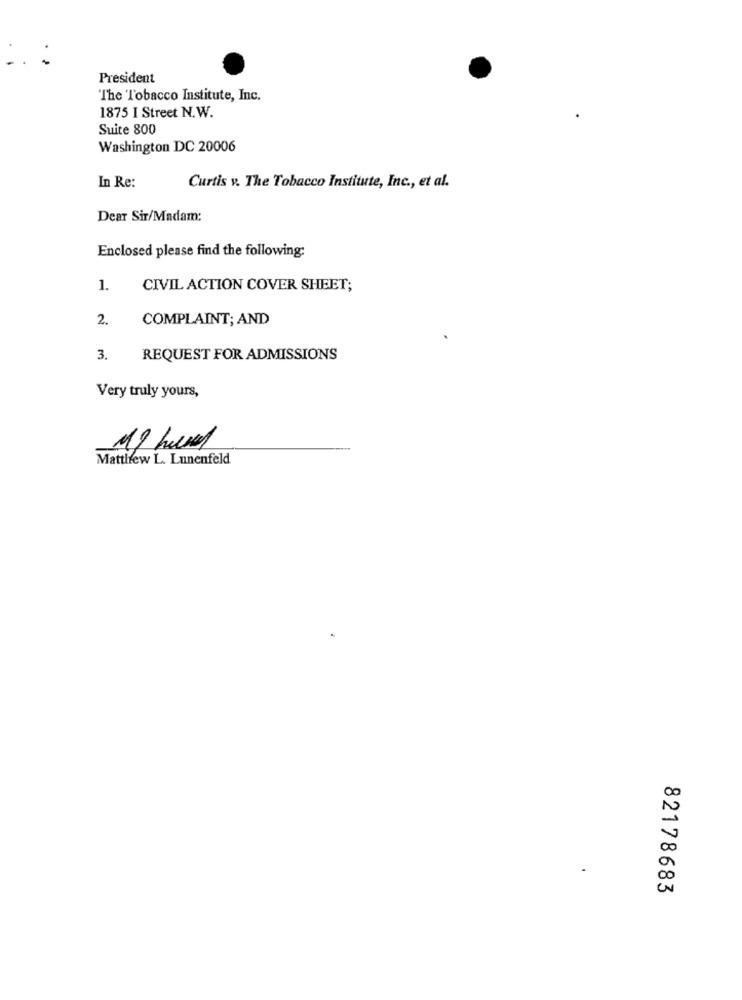
President
The Tobacco Institute, Inc.
1875 I Street N.W.
Suite 800
Washington DC 20006
In Re:
Curtis v. The Tobacco Institute, Inc ., et al.
Dear Sir/Madam:
Enclosed please find the following:
1.
CIVIL ACTION COVER SHEET;
2.
COMPLAINT; AND
3.
REQUEST FOR ADMISSIONS
Very truly yours,
Matthew L. Lunenfeld
82178683